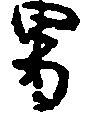
男